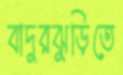
বাদুরঝুড়িতে